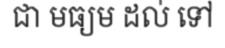
ជា មធ្យម ដល់ ទៅ